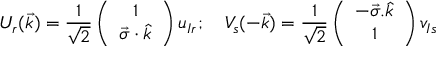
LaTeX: U _ { r } ( \vec { k } ) = \frac { 1 } { \sqrt 2 } \left( \begin{array} { c } { { 1 } } \\ { { \vec { \sigma } \cdot \hat { k } } } \end{array} \right) u _ { I r } ; \quad V _ { s } ( - \vec { k } ) = \frac { 1 } { \sqrt { 2 } } \left( \begin{array} { c } { { - \vec { \sigma } . \hat { k } } } \\ { { 1 } } \end{array} \right) v _ { I s }